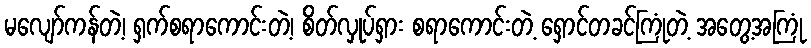
မလျော်ကန်တဲ့၊ ရှက်စရာကောင်းတဲ့၊ စိတ်လှုပ်ရှား စရာကောင်းတဲ့ ရှောင်တခင်ကြုံတဲ့ အတွေ့အကြုံ